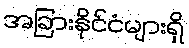
အခြားနိုင်ငံများရှိ